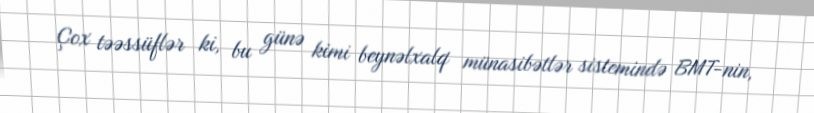
Çox təəssüflər ki, bu günə kimi beynəlxalq münasibətlər sistemində BMT-nin,